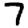
Digit: 7